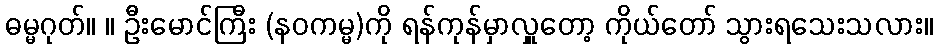
ဓမ္မဂုတ်။ ။ ဦးမောင်ကြီး (နဝကမ္မ)ကို ရန်ကုန်မှာလှူတော့ ကိုယ်တော် သွားရသေးသလား။